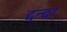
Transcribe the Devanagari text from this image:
द्दन्द्दा